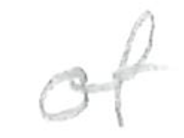
Text: of
Cross-out: clean
Writing tool: pencil